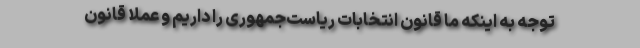
توجه به اینکه ما قانون انتخابات ریاست‌جمهوری را داریم و عملاً قانون